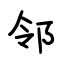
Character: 邻